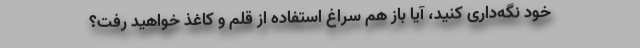
خود نگه‌داری کنید، آیا باز هم سراغ استفاده از قلم و کاغذ خواهید رفت؟